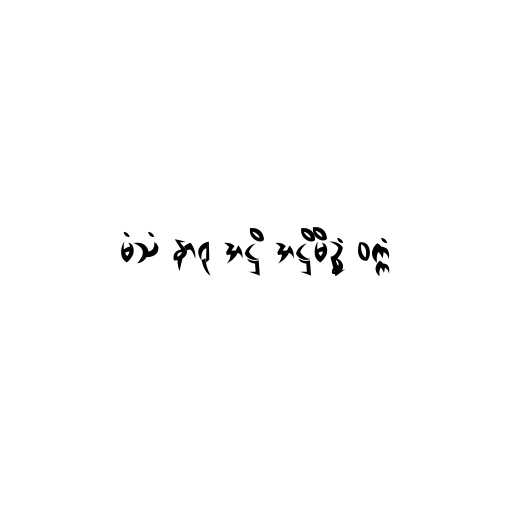
မံသံ နာရု အဋ္ဌိ အဋ္ဌိမိဥ္စံ ဝက္ကံ